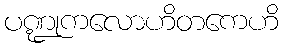
ပဏ္ဍုကလောဟိတကေဟိ